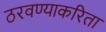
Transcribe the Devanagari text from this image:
ठरवण्याकरिता